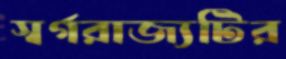
স্বর্গরাজ্যটির